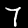
Digit: 7